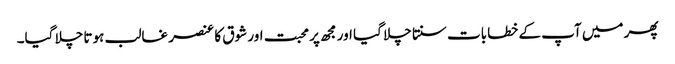
پھر میں آپ کے خطابات سنتا چلا گیا اور مجھ پر محبت اور شوق کا عنصر غالب ہوتا چلا گیا۔